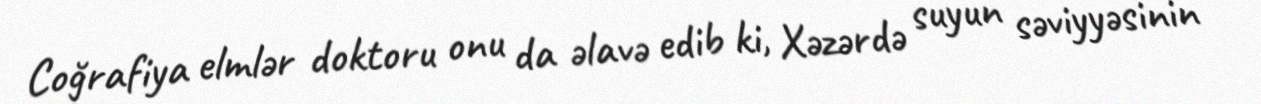
Coğrafiya elmlər doktoru onu da əlavə edib ki, Xəzərdə suyun səviyyəsinin